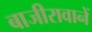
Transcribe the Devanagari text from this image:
बाजीरावानें